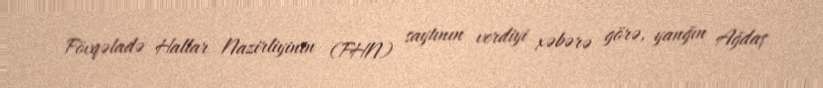
Fövqəladə Hallar Nazirliyinin (FHN) saytının verdiyi xəbərə görə, yanğın Ağdaş